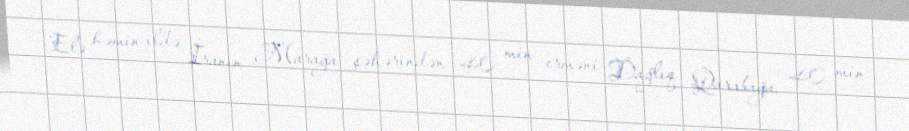
Elə həmin ildə İranın Marağa şəhərindən 40 min erməni Dağlıq Qarabağa, 40 min